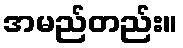
အမည်တည်း။